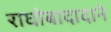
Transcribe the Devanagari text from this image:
राघोबादादाने